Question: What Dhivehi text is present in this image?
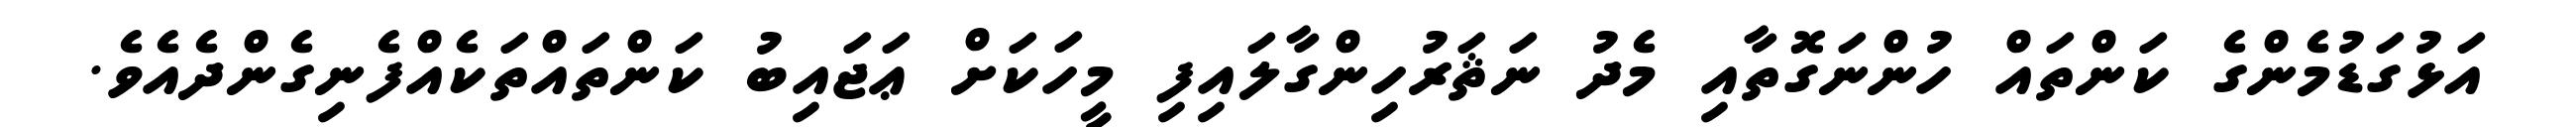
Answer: އަޅުގަޑުމެންގެ ކަންތައް ހުންނަގޮތާއި މެދު ނަޘަރުހިންގާލައިފި މީހަކަށް ޢަޖައިބު ކަންތައްތަކެއްފެނިގެންދެއެވެ.